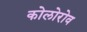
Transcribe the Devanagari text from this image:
कोलोरोव